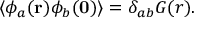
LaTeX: \langle \phi _ { a } ( { \bf r } ) \phi _ { b } ( { \bf 0 } ) \rangle = \delta _ { a b } G ( r ) .